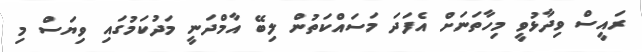
ރައީސް ވިދާޅުވީ މިހާތަނަށް އެފަދަ މަސައްކަތުން ލިބޭ އާމްދަނީ މަދުކަމުގައި ވިޔަސް މި